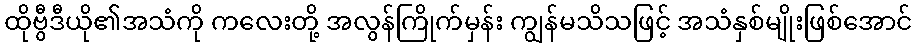
ထိုဗွီဒီယို၏အသံကို ကလေးတို့ အလွန်ကြိုက်မှန်း ကျွန်မသိသဖြင့် အသံနှစ်မျိုးဖြစ်အောင်